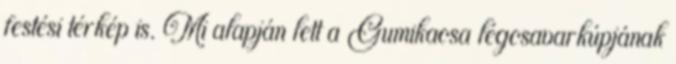
festési térkép is. Mi alapján lett a Gumikacsa légcsavarkúpjának